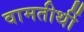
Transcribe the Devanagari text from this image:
वामतीर्थी